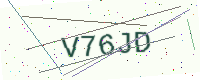
Text: V76JD